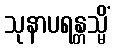
သုနာပရန္တသ္မိံ